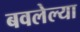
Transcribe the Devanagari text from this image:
बवलेल्या